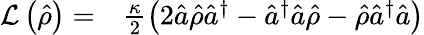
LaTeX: \begin{array}{rl}{\mathcal{L}\left(\hat{\rho}\right)=}&{{}\frac{\kappa}{2}\left(2\hat{a}\hat{\rho}\hat{a}^{\dagger}-\hat{a}^{\dagger}\hat{a}\hat{\rho}-\hat{\rho}\hat{a}^{\dagger}\hat{a}\right)}\end{array}